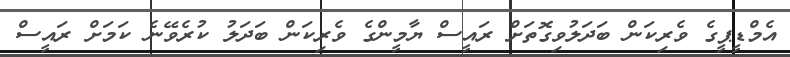
އެމްޑީޕީގެ ވެރިކަން ބަދަލުވިގޮތަށް ރައީސް ޔާމީންގެ ވެރިކަން ބަދަލު ކުރެވޭނެ ކަމަށް ރައީސް